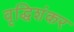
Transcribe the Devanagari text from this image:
वृद्धिशंकर